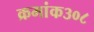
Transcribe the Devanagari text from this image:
क्रमांक३०८